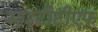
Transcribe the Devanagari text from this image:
आइटीटीएफ